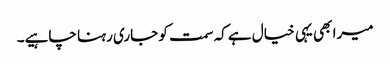
میرا بھی یہی خیال ہے کہ سمت کو جاری رہنا چاہیے۔